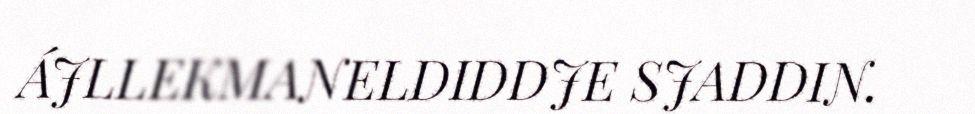
ÁJLLEKMANELDIDDJE SJADDIN.